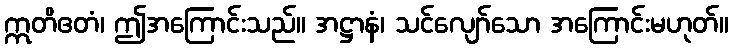
ဣတိဧတံ၊ ဤအကြောင်းသည်။ အဋ္ဌာနံ၊ သင်လျော်သော အကြောင်းမဟုတ်။